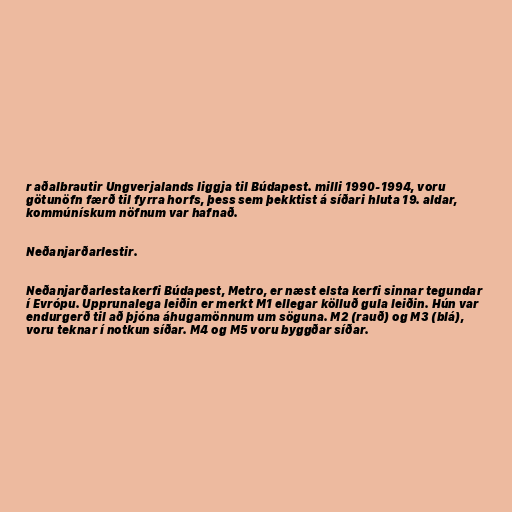
r aðalbrautir Ungverjalands liggja til Búdapest. milli 1990-1994, voru
götunöfn færð til fyrra horfs, þess sem þekktist á síðari hluta 19. aldar,
kommúnískum nöfnum var hafnað.

Neðanjarðarlestir.

Neðanjarðarlestakerfi Búdapest, Metro, er næst elsta kerfi sinnar tegundar
í Evrópu. Upprunalega leiðin er merkt M1 ellegar kölluð gula leiðin. Hún var
endurgerð til að þjóna áhugamönnum um söguna. M2 (rauð) og M3 (blá),
voru teknar í notkun síðar. M4 og M5 voru byggðar síðar.